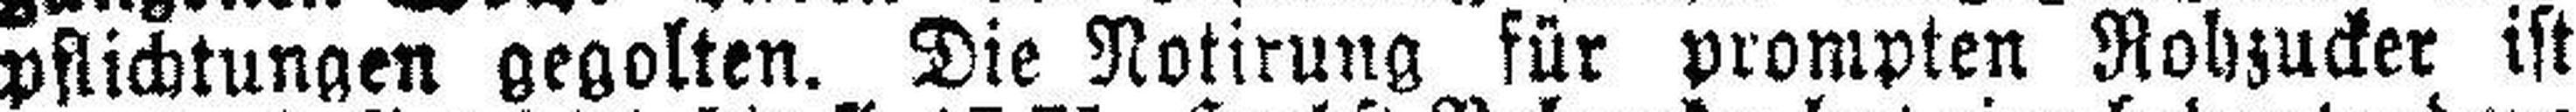
pflichtungen gegolten. Die Notirung für prompten Rohzucker ist